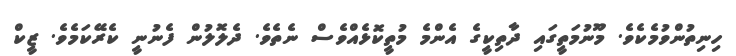
ހިނިތުންވުމެކެވެ. މޫނުމަތީގައި ދާތިކީގެ އެންމެ މުތީކޮޅެއްވެސް ނެތެވެ. ދެލޮލުން ފެނުނީ ކެރޭކަމެވެ. ޒީކް